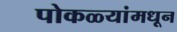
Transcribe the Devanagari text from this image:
पोकळ्यांमधून